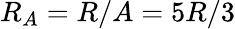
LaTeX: R_{A}=R/A=5R/3